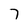
Character: 7